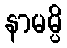
နာမမ္ပိ